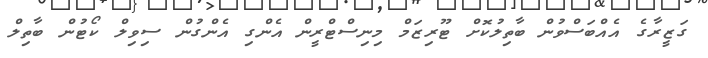
ގަޒީރާގެ އެއްބަސްވުން ބާތިލުކޮށް ޓޫރިޒަމް މިނިސްޓްރީން އެންގި އެންގުން ސިވިލް ކޯޓުން ބާތިލް